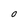
Character: O